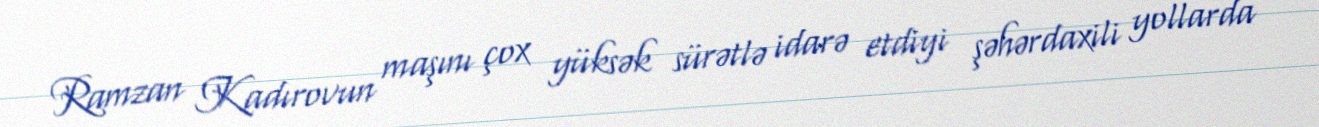
Ramzan Kadırovun maşını çox yüksək sürətlə idarə etdiyi şəhərdaxili yollarda